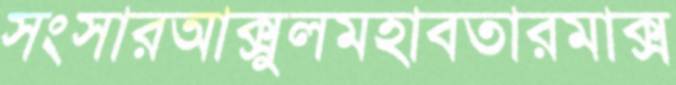
সংসারআক্সুলমহাবতারমাক্স